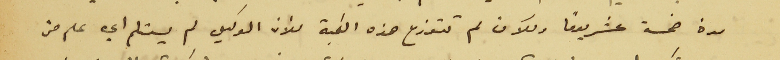
مدة خمسة عشريومًا وللان لم تتوزع هذه الكمية للأن الوكيل لم يستلم اي علم من